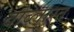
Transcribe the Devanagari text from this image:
वोब्लास्त